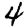
Digit: 4